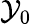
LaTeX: \mathcal{Y}_{0}